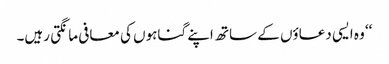
‘‘ وہ ایسی دعاؤں کے ساتھ اپنے گناہوں کی معافی مانگتی رہیں۔